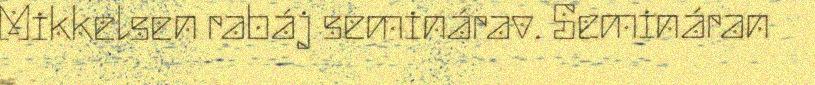
Mikkelsen rabáj seminárav. Semináran